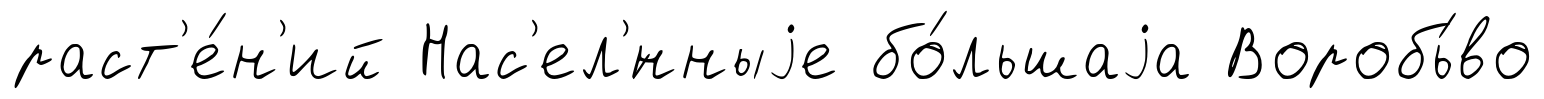
раст'е́н'ий Нас'ел'́нныjе бо́льшаjа Воробь́во